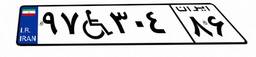
۹۷W۳۰۴۸۶